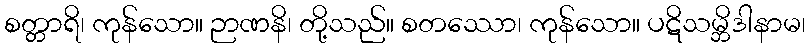
စတ္တာရိ၊ ကုန်သော။ ဉာဏနိ၊ တို့သည်။ စတဿော၊ ကုန်သော။ ပဋိသမ္ဘိဒါနာမ၊